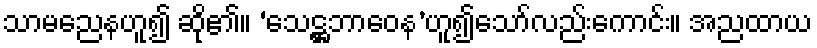
သာမညေနဟူ၍ ဆို၏။ ‘သေဋ္ဌဘာဝေန’ဟူ၍သော်လည်းကောင်း။ အညထာယ